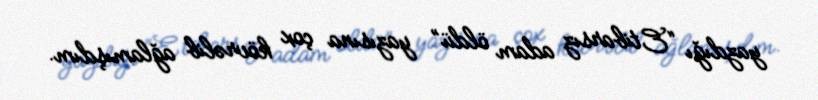
yazdığı “Etibarsız adam öldü” yazısına çox kövrəlib ağlamışdım.